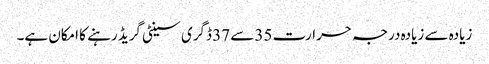
زیادہ سے زیادہ درجہ حرارت 35 سے 37 ڈگری سینٹی گریڈ رہنے کا امکان ہے۔